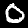
Label: 0